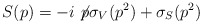
\begin{align*}S(p)= -i \not\! p \sigma_V(p^2)+\sigma_S(p^2)\end{align*}